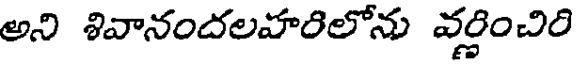
అని శివానందలహరిలోను వర్ణించిరి